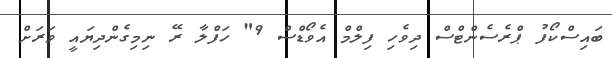
ބައިސްކޯފު ޕްރެސެންޓްސް ދިވެހި ފިލްމް އެވޯޑްސް 9" ހަފްލާ ރޭ ނިމިގެންދިޔައީ ވަރަށް